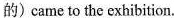
的)came to the exhibition.